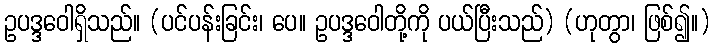
ဥပဒ္ဒဝေါရှိသည်။ (ပင်ပန်းခြင်း၊ ပေ။ ဥပဒ္ဒဝေါတို့ကို ပယ်ပြီးသည်) (ဟုတွာ၊ ဖြစ်၍။)